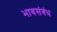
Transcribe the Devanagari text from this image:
भावसंबंध